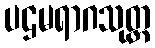
ပဌမရာဂသုတ္တ